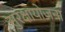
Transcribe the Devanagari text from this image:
सुरक्षायोजना